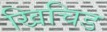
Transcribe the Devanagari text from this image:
खिचिड